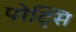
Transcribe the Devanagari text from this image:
पोट्सि